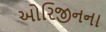
ઓરિજીનના